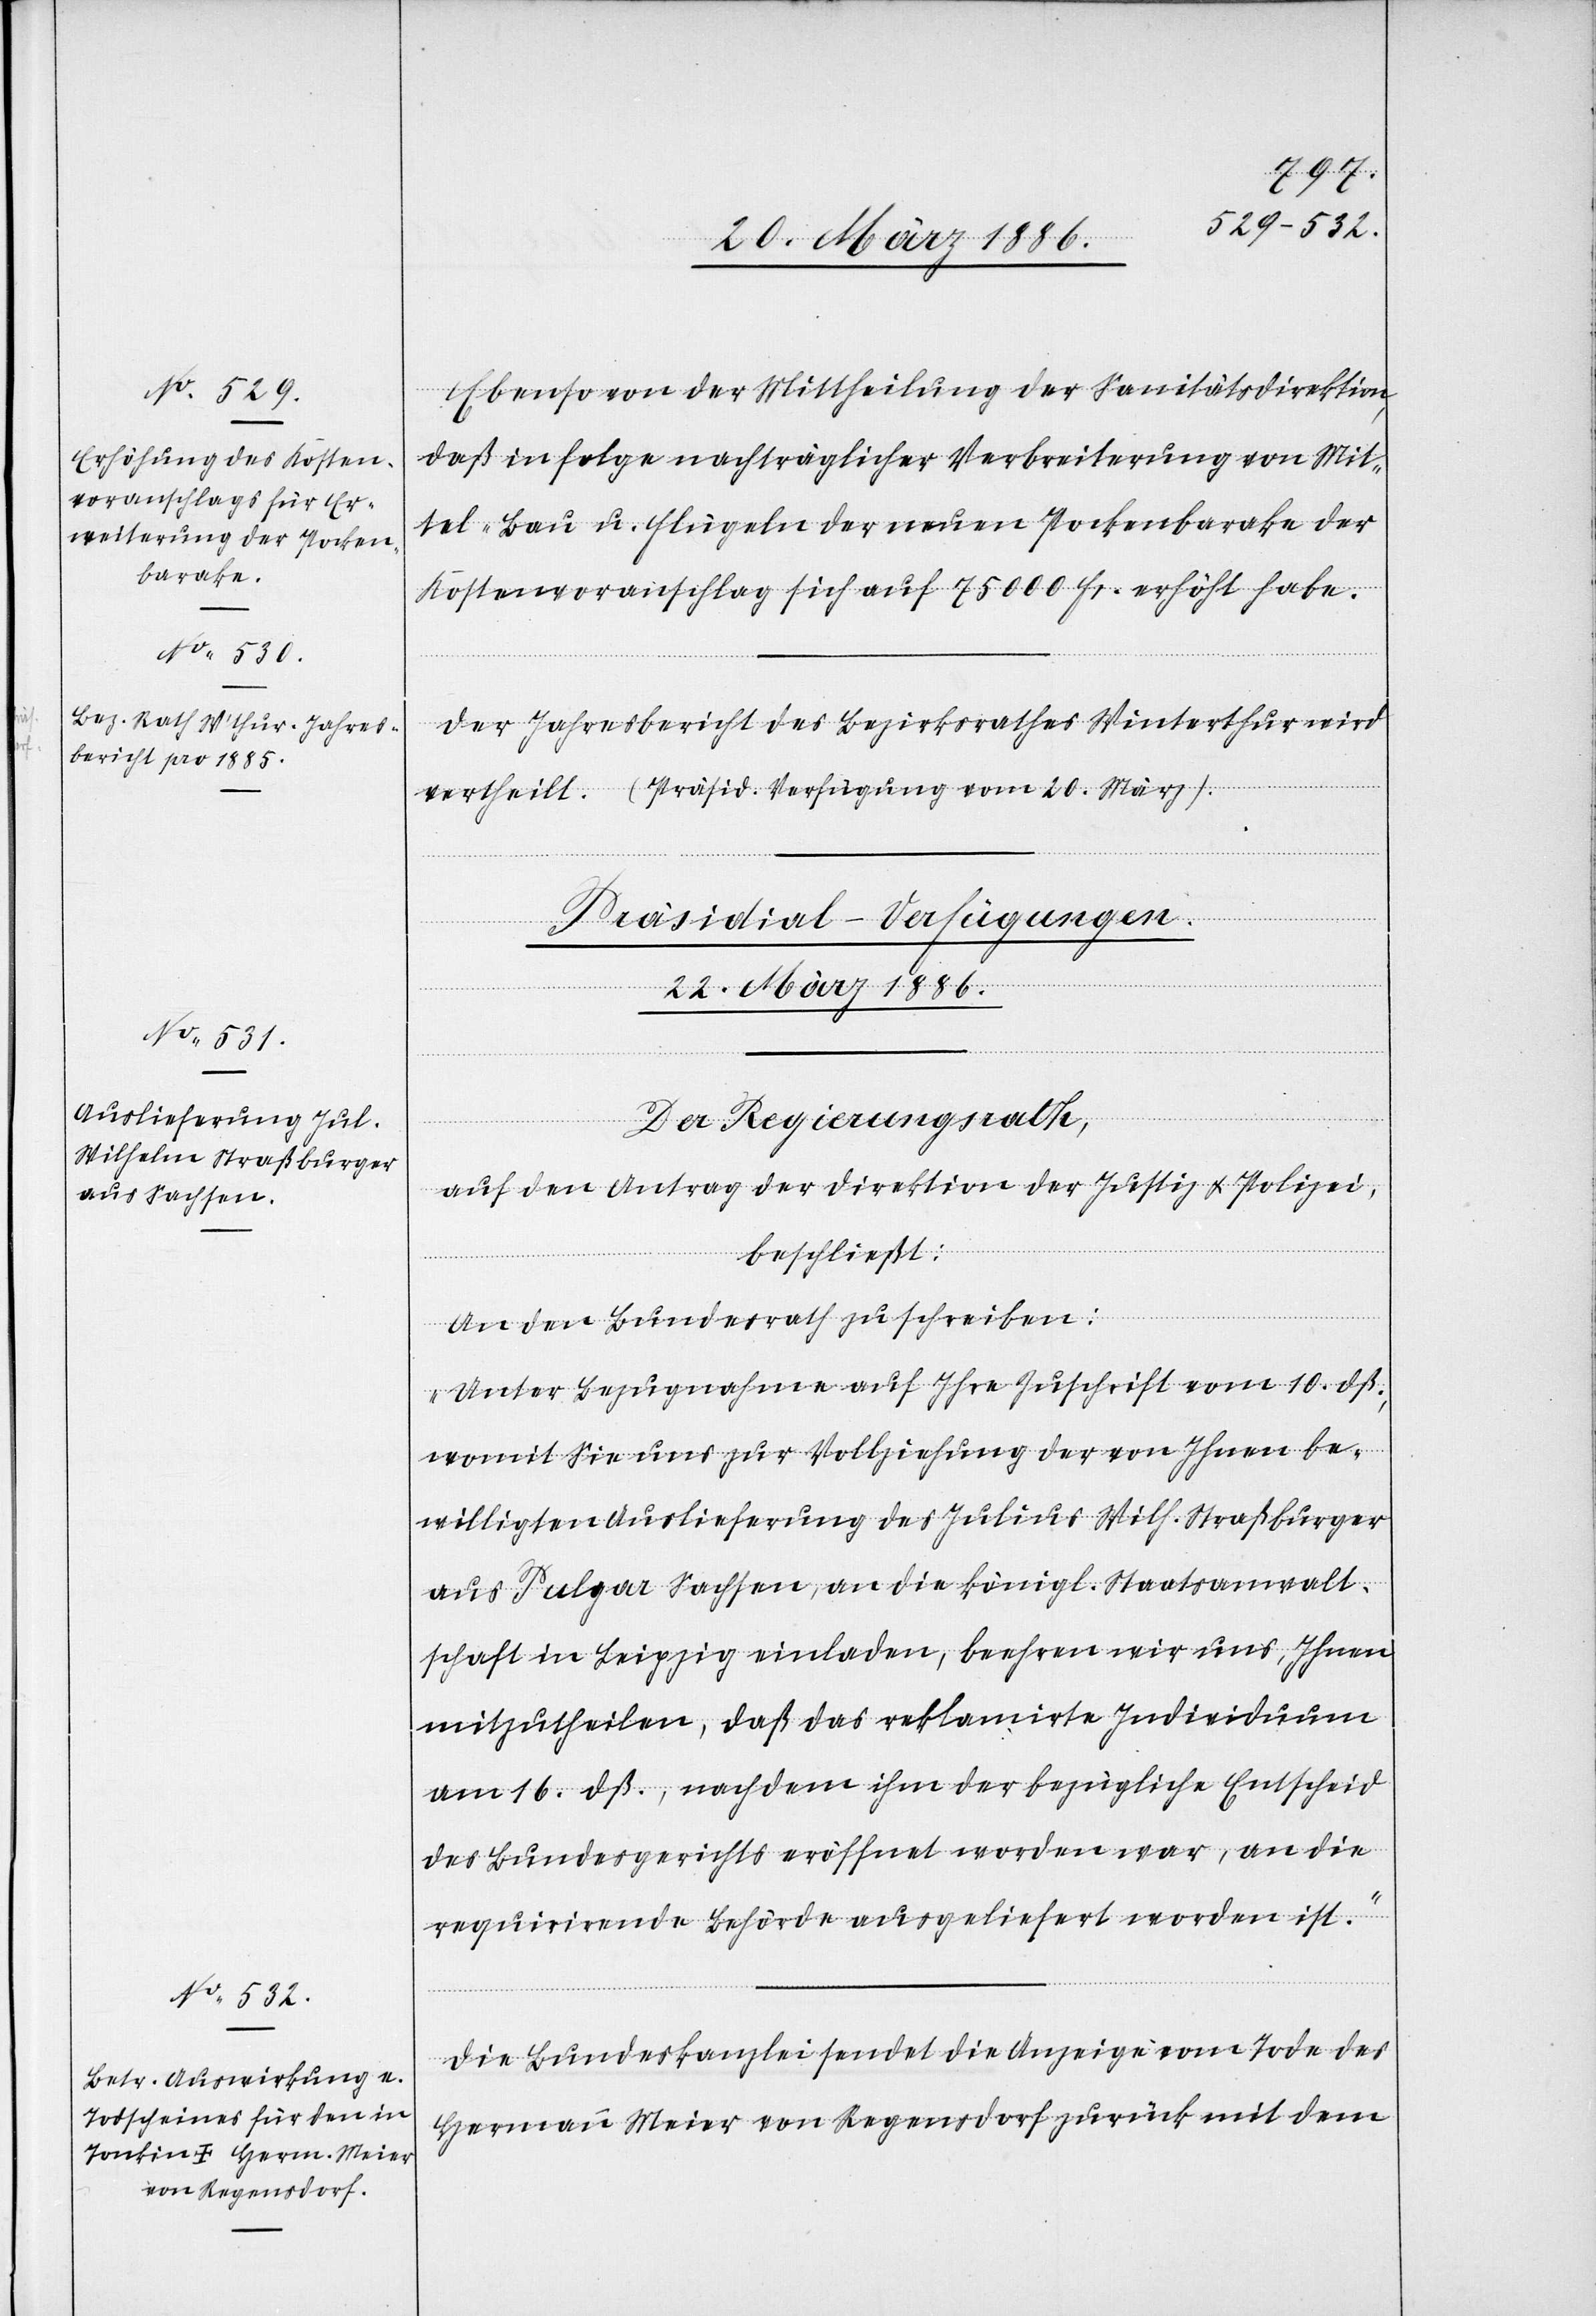
20. März 1886.
Ebenso von der Mittheilung der Sanitätsdirektion,
daß in Folge nachträglicher Verbreiterung von Mit¬
tel-Bau u. Flügeln der neuen Pockenbarake der
Kostenvoranschlag sich auf 75,000 Fr. erhöht habe.
Der Jahresbericht des Bezirksrathes Winterthur wird
[Präsidial-Verfügungen.
22. März 1886.]
vertheilt.
Der Regierungsrath,
auf den Antrag der Direktion der Justiz & Polizei,
beschließt:
An den Bundesrath zu schreiben:
„Unter Bezugnahme auf Ihre Zuschrift vom 10. dß.,
womit Sie uns zur Vollziehung der von Ihnen be¬
willigten Auslieferung des Julius Wilh. Straßburger
aus Pulgar - Sachsen, an die könig. Staatsanwalt¬
schaft in Leipzig einladen, beehren wir uns, Ihnen
mitzutheilen, daß das reklamirte Individuum
am 16. dß., nachdem ihm der bezügliche Entscheid
des Bundesgerichtes eröffnet worden war, an die
requirirende Behörde ausgeliefert worden ist.“
Die Bundeskanzlei sendet die Anzeige vom Tode des
Hermann Meier von Regensdorf zurück mit dem